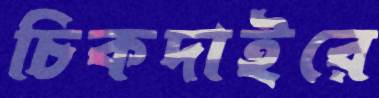
চিকদাইরে